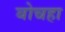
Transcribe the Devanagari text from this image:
बोचहा